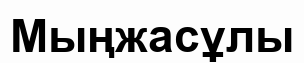
Мыңжасұлы